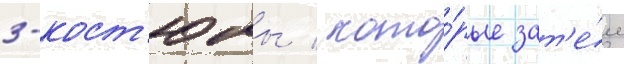
3-кост'юмы / кото́рые зат'е́м